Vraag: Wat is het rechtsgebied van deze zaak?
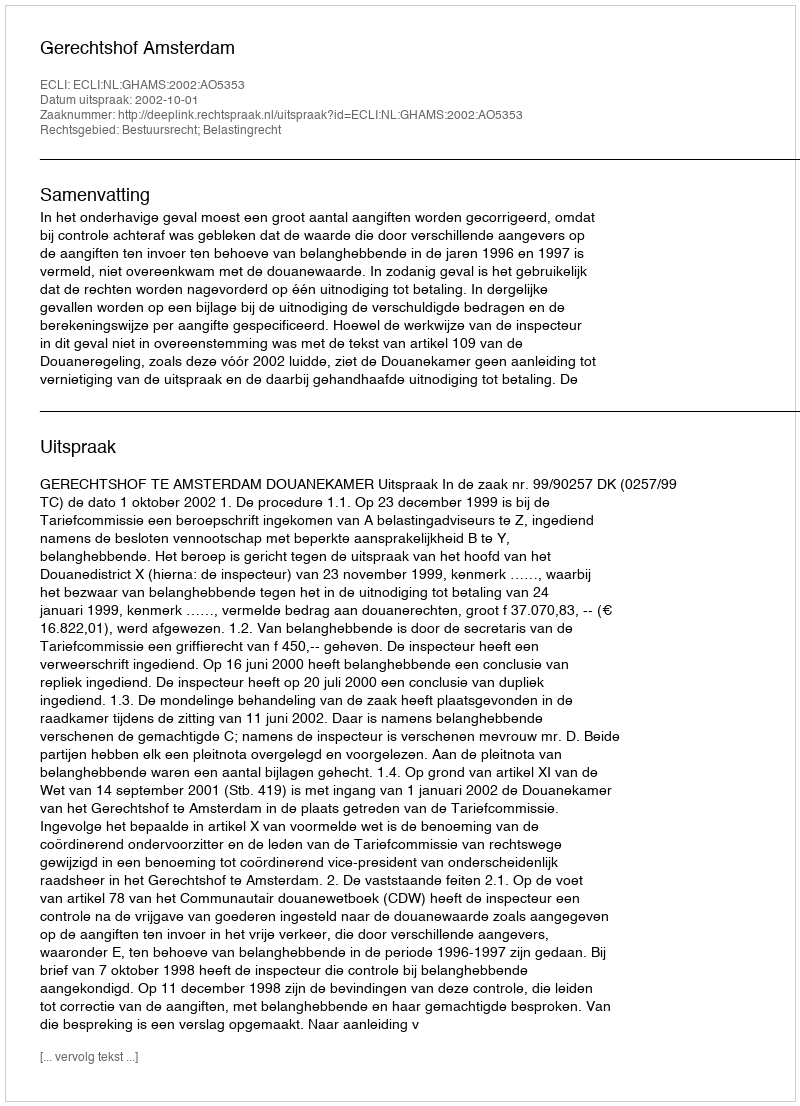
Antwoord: Bestuursrecht; Belastingrecht